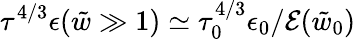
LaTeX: \tau^{4/3}\epsilon({\tilde{w}}\gg 1)\simeq\tau_{0}^{4/3}\epsilon_{0}/\mathcal{E}({\tilde{w}}_{0})